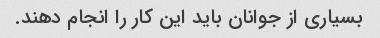
بسیاری از جوانان باید این کار را انجام دهند.